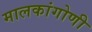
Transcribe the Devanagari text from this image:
मालकांगोणी